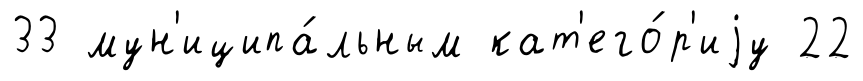
33 мун'иципа́льным кат'его́р'иjу 22